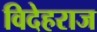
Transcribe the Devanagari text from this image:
विदेहराज